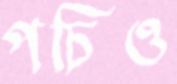
পচিও